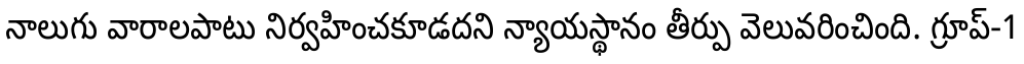
నాలుగు వారాలపాటు నిర్వహించకూడదని న్యాయస్థానం తీర్పు వెలువరించింది. గ్రూప్-1